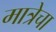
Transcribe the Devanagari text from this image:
मात्रेचा